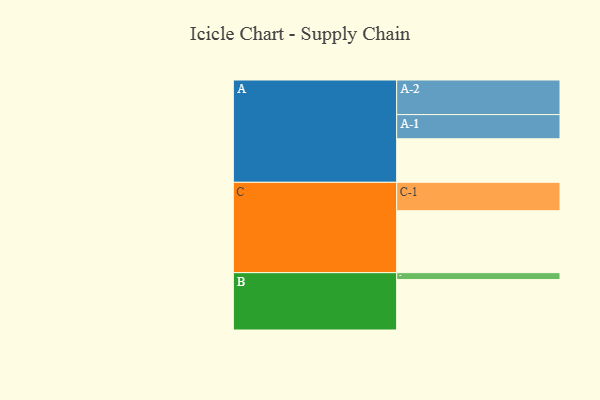
{"axis": {"x": "Segment", "y": "Value"}, "legend": ["", "A", "B", "C"], "data": [{"x": "A", "y": 360, "type": ""}, {"x": "B", "y": 417, "type": ""}, {"x": "C", "y": 512, "type": ""}, {"x": "A-1", "y": 200, "type": "A"}, {"x": "A-2", "y": 286, "type": "A"}, {"x": "B-1", "y": 57, "type": "B"}, {"x": "C-1", "y": 235, "type": "C"}]}